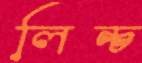
লিন্চ